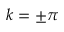
k = \pm \pi